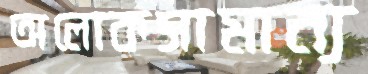
অলোকসামান্য